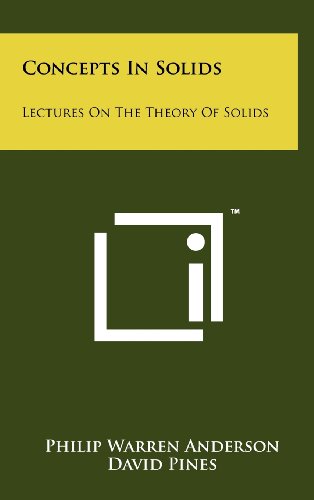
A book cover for Concepts In Solids: Lectures On The Theory Of Solids; Philip Warren Anderson; Literature & Fiction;